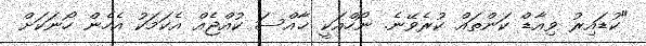
"ކުޑައިރު ވިއާޑް ކަންތައް ކުރެވޭނެ. ނޯހްއަކީ ޚާއްސަ ކުއްޖެއް އެކަމަކު އެހެން ހޯނަކަށް